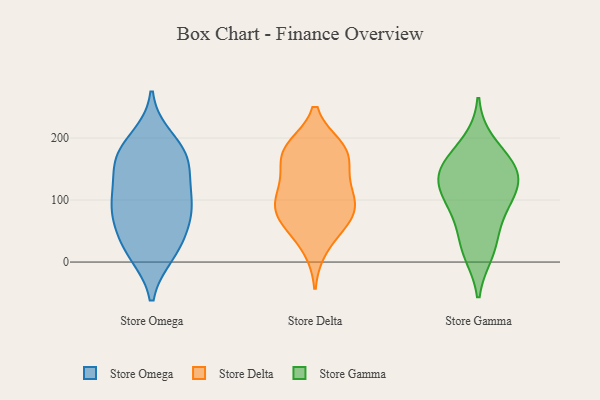
{"axis": {"x": "Gross Profit (USD K)", "y": "Value"}, "legend": ["Store Delta", "Store Gamma", "Store Omega"], "data": [{"x": "", "y": 157, "type": "Store Omega"}, {"x": "", "y": 30, "type": "Store Omega"}, {"x": "", "y": 171, "type": "Store Omega"}, {"x": "", "y": 94, "type": "Store Omega"}, {"x": "", "y": 51, "type": "Store Omega"}, {"x": "", "y": 174, "type": "Store Omega"}, {"x": "", "y": 199, "type": "Store Omega"}, {"x": "", "y": 14, "type": "Store Omega"}, {"x": "", "y": 102, "type": "Store Omega"}, {"x": "", "y": 138, "type": "Store Omega"}, {"x": "", "y": 172, "type": "Store Omega"}, {"x": "", "y": 14, "type": "Store Omega"}, {"x": "", "y": 77, "type": "Store Omega"}, {"x": "", "y": 77, "type": "Store Omega"}, {"x": "", "y": 103, "type": "Store Omega"}, {"x": "", "y": 93, "type": "Store Delta"}, {"x": "", "y": 185, "type": "Store Delta"}, {"x": "", "y": 96, "type": "Store Delta"}, {"x": "", "y": 140, "type": "Store Delta"}, {"x": "", "y": 58, "type": "Store Delta"}, {"x": "", "y": 76, "type": "Store Delta"}, {"x": "", "y": 183, "type": "Store Delta"}, {"x": "", "y": 22, "type": "Store Delta"}, {"x": "", "y": 63, "type": "Store Delta"}, {"x": "", "y": 162, "type": "Store Delta"}, {"x": "", "y": 183, "type": "Store Delta"}, {"x": "", "y": 110, "type": "Store Delta"}, {"x": "", "y": 81, "type": "Store Delta"}, {"x": "", "y": 176, "type": "Store Delta"}, {"x": "", "y": 122, "type": "Store Delta"}, {"x": "", "y": 148, "type": "Store Gamma"}, {"x": "", "y": 193, "type": "Store Gamma"}, {"x": "", "y": 157, "type": "Store Gamma"}, {"x": "", "y": 90, "type": "Store Gamma"}, {"x": "", "y": 22, "type": "Store Gamma"}, {"x": "", "y": 102, "type": "Store Gamma"}, {"x": "", "y": 138, "type": "Store Gamma"}, {"x": "", "y": 108, "type": "Store Gamma"}, {"x": "", "y": 132, "type": "Store Gamma"}, {"x": "", "y": 157, "type": "Store Gamma"}, {"x": "", "y": 58, "type": "Store Gamma"}, {"x": "", "y": 15, "type": "Store Gamma"}]}